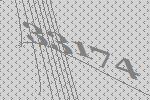
33174